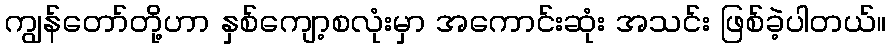
ကျွန်တော်တို့ဟာ နှစ်ကျော့စလုံးမှာ အကောင်းဆုံး အသင်း ဖြစ်ခဲ့ပါတယ်။